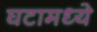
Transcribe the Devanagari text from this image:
घटामध्ये